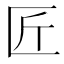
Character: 匠